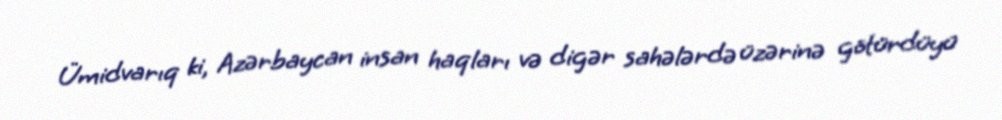
Ümidvarıq ki, Azərbaycan insan haqları və digər sahələrdə üzərinə götürdüyü